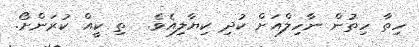
ހިތާ ހިތުން ނާހިލްއަށް ކުދި ކިޔާލިއެވެ.  ތި ކީއް ކުރަންށޯ.